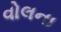
વોલના